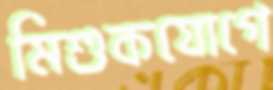
মিশুকযোগে